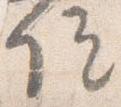
院